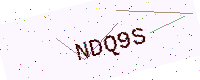
Text: NDQ9S